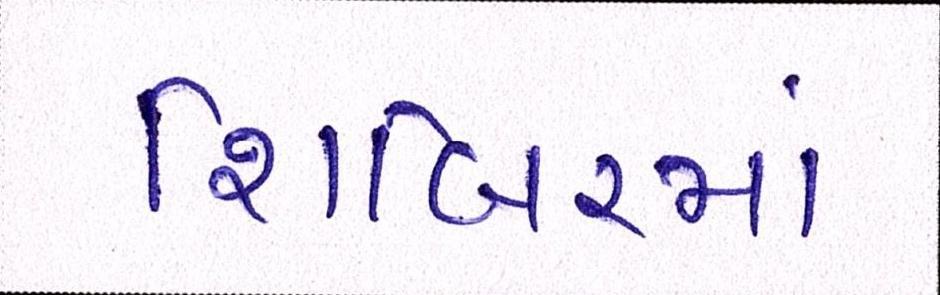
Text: શિબિરમાં